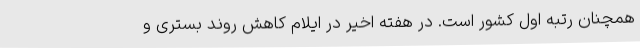
همچنان رتبه اول کشور است. در هفته اخیر در ایلام کاهش روند بستری و